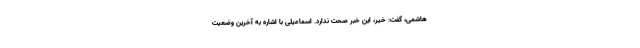
هاشمی، گفت: خیر، این خبر صحت ندارد. اسماعیلی با اشاره به آخرین وضعیت